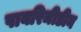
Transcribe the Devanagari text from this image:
पायरिमीडीन